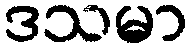
ဒသမာ